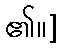
၏။]